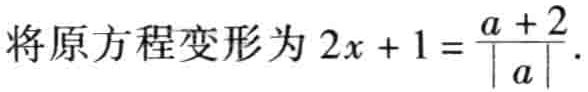
将原方程变形为\(2x + 1 = \frac{a + 2}{\vert a\vert}\).